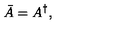
\bar { A } = A ^ { \dagger } ,